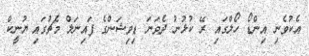
އެކުވެނި އިންޑޯ ހޯލްގައި ރޭ ކުޅުނު ދެވަނަ ޑިވިޝަންގެ ފައިނަލް މެޗުގައި ޔުނީކް